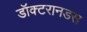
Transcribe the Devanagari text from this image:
डॉक्टरानडस